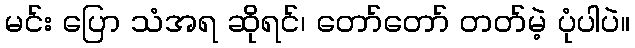
မင်း ပြော သံအရ ဆိုရင်၊ တော်တော် တတ်မဲ့ ပုံပါပဲ။